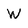
Character: W